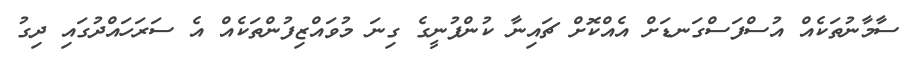
ސާމާނުތަކެއް އުސްފަސްގަނޑަށް އެއްކޮށް ޗައިނާ ކުންފުނީގެ ގިނަ މުވައްޒިފުންތަކެއް އެ ސަރަހައްދުގައި ދިގު